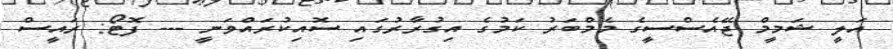
އަލީ ޝަމީމް ޖޭއެސްސީގެ މެމްބަރު ކަމުގެ އިގުރާރުގައި ސޮއިކުރައްވަނީ --- ފޮޓޯ: ރައީސް